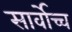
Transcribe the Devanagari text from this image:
सार्वोच्च